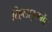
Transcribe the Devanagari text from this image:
रिएलाइनमेंट